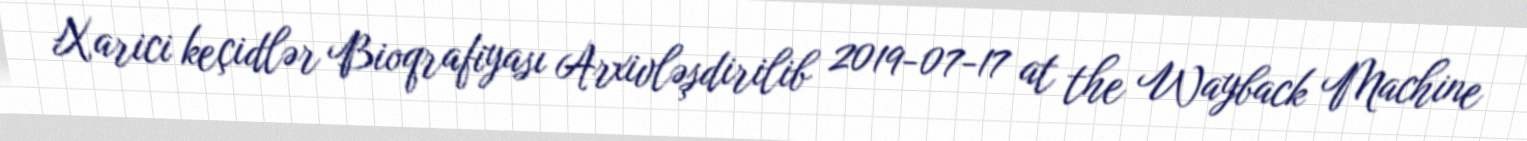
Xarici keçidlər Bioqrafiyası Arxivləşdirilib 2019-07-17 at the Wayback Machine